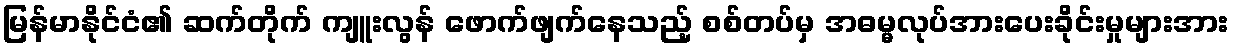
မြန်မာနိုင်ငံ၏ ဆက်တိုက် ကျူးလွန် ဖောက်ဖျက်နေသည့် စစ်တပ်မှ အဓမ္မလုပ်အားပေးခိုင်းမှုများအား